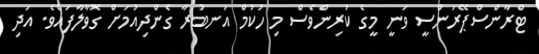
ޓްރާންސްޕޭރަންސީ ވަނީ މީގެ ކުރިންވެސް މި ހުކުމް އަނބުރާ ގެންދިއުމަށް ގޮވާލާފައެވެ. އަދި